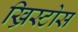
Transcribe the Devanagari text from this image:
ख्रिस्टोस